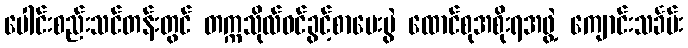
ပေါင်းစည်းသင်တန်းတွင် တက္ကသိုလ်ဝင်ခွင့်စာမေးပွဲ ထောင်စုအစိုးရအဖွဲ့ ကျောင်းသင်္ခမ်း